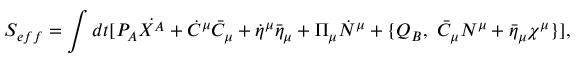
S _ { e f f } = \int d t [ P _ { A } \dot { X ^ { A } } + \dot { C } ^ { \mu } \bar { C } _ { \mu } + \dot { \eta } ^ { \mu } \bar { \eta } _ { \mu } + \Pi _ { \mu } \dot { N } ^ { \mu } + \{ Q _ { B } , ~ \bar { C } _ { \mu } N ^ { \mu } + \bar { \eta } _ { \mu } \chi ^ { \mu } \} ] ,